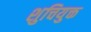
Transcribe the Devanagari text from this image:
शुचियुक्त